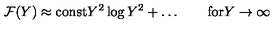
{ \cal F } ( Y ) \approx \mathrm { c o n s t } Y ^ { 2 } \log { Y ^ { 2 } } + \ldots \qquad \mathrm { f o r } Y \to \infty